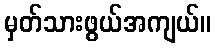
မှတ်သားဖွယ်အကျယ်။